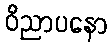
ဝိညာပနော